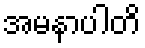
အမနာပါတိ